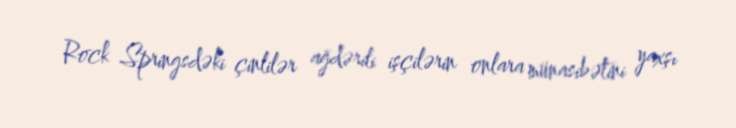
Rock Springsdəki çinlilər ağdərili işçilərin onlara münasibətini yaxşı